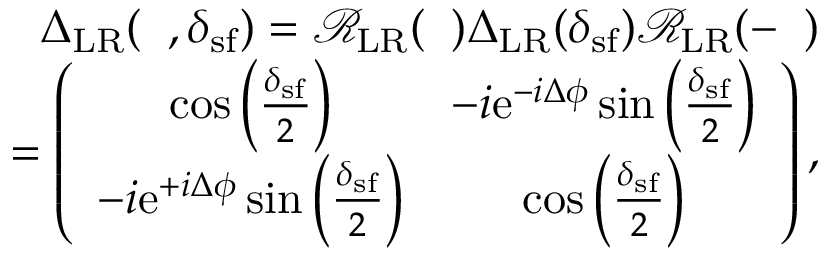
\begin{array} { r l r } & { } & { { \Delta } _ { \mathrm { L R } } ( { \it \Delta \phi } , \delta _ { \mathrm { s f } } ) = \mathcal { R } _ { \mathrm { L R } } ( { \it \Delta \phi } ) { \Delta } _ { \mathrm { L R } } ( \delta _ { \mathrm { s f } } ) \mathcal { R } _ { \mathrm { L R } } ( - { \it \Delta \phi } ) } \\ & { } & { = \left( \begin{array} { c c } { \cos \left( \frac { \delta _ { \mathrm { s f } } } { 2 } \right) } & { - i \mathrm { e } ^ { - i \Delta \phi } \sin \left( \frac { \delta _ { \mathrm { s f } } } { 2 } \right) } \\ { - i \mathrm { e } ^ { + i \Delta \phi } \sin \left( \frac { \delta _ { \mathrm { s f } } } { 2 } \right) } & { \cos \left( \frac { \delta _ { \mathrm { s f } } } { 2 } \right) } \end{array} \right) , } \end{array}